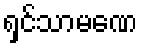
ရှင်သာမဏေ